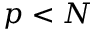
p < N